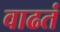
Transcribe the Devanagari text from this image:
वाढतं